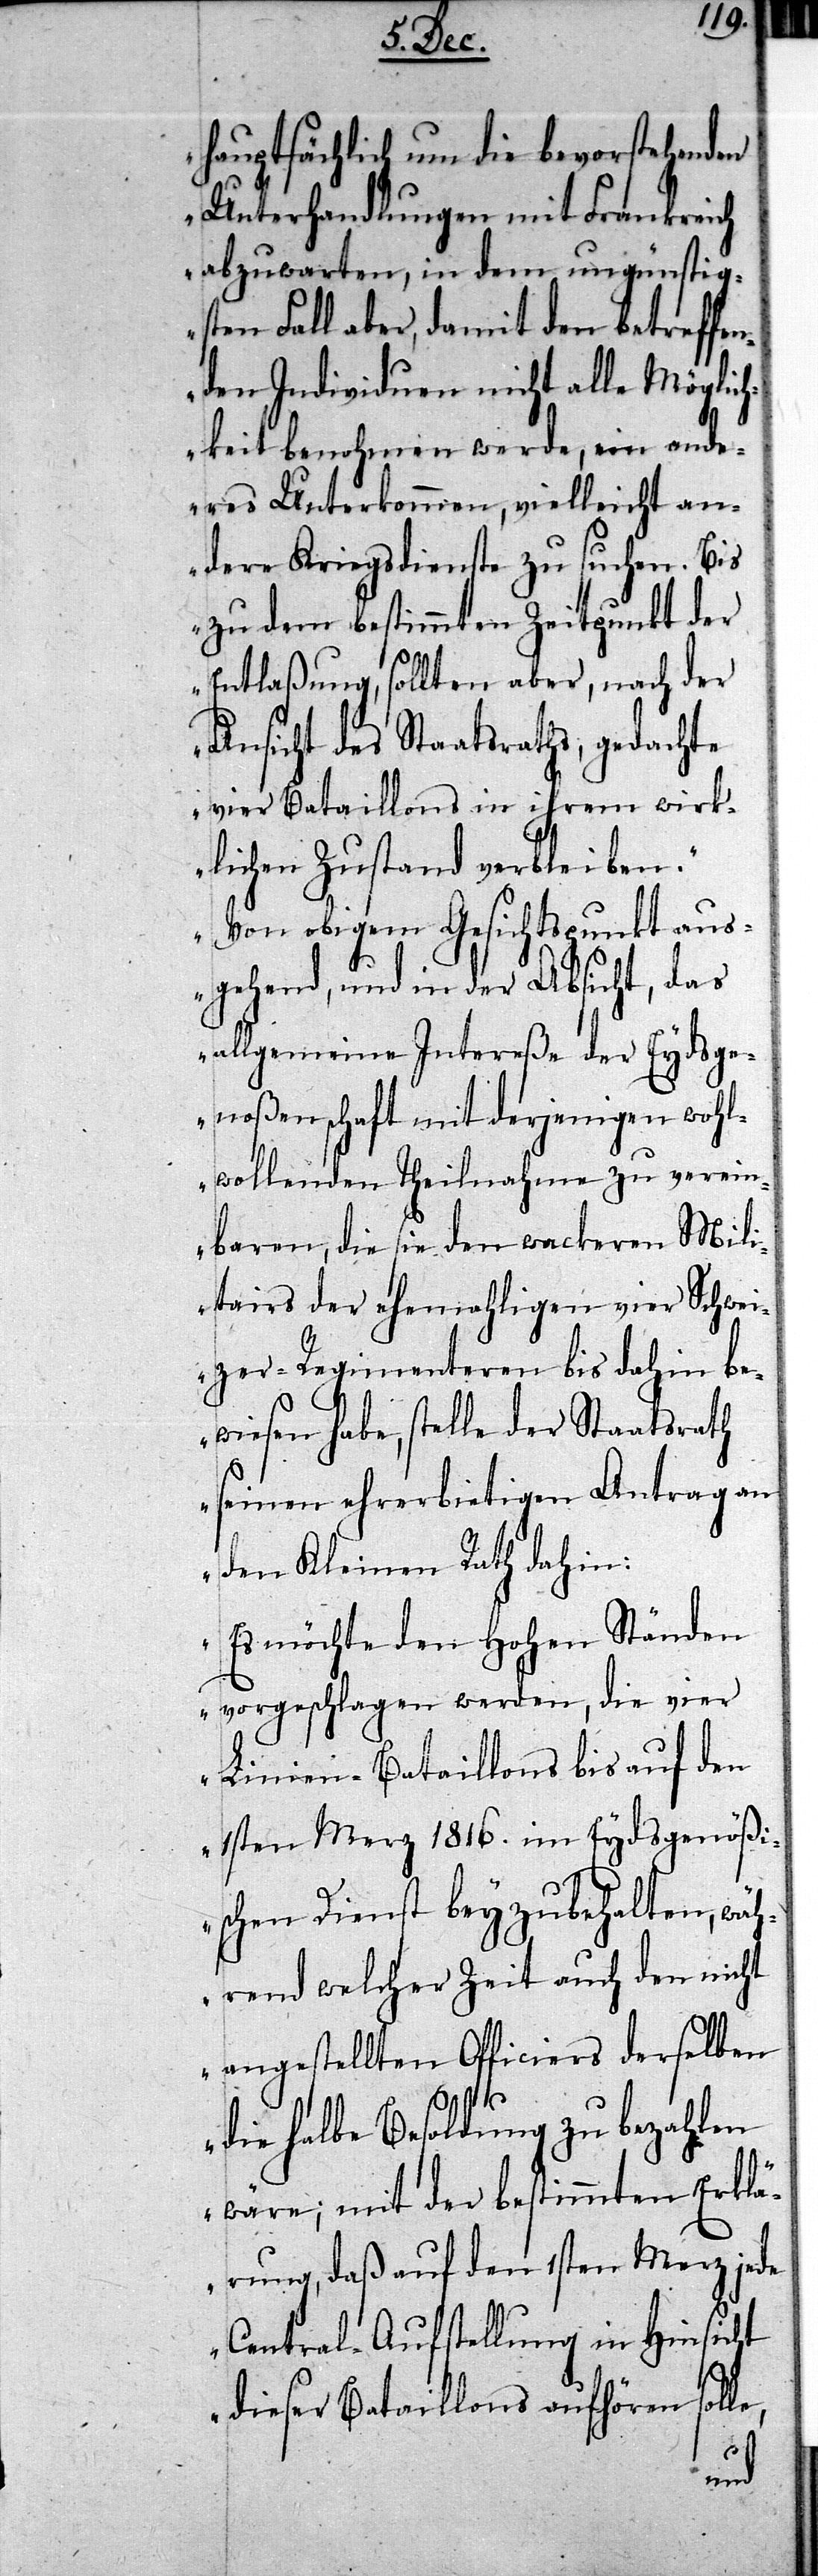
hauptsächlich um die bevorstehenden
Unterhandlungen mit Frankreich
abzuwarten, in dem ungünstig¬
sten Fall aber, damit den betreffe¬
nden Individuen nicht alle Möglic¬
hkeit benohmen werde, ein ande¬
res Unterkommen, vielleicht an¬
dere Kriegsdienste zu suchen. Bis
zu dem bestimmten Zeitpunkt der
Entlaßung, sollen aber, nach der
Ansicht des Staatsraths, gedachte
vier Bataillons in ihrem wirk¬
lichen Zustand verbleiben.
Von obigem Gesichtspunkt aus¬
gehend, und in der Absicht, das
allgemeine Intereße der Eydsge¬
noßenschaft mit derjenigen wohl¬
wollenden Theilnahme zu verein¬
baren, die sie den wackeren Mil¬
itairs der ehemaligen vier Schwei¬
zer-Regimenteren bis dahin be¬
wiesen habe, stelle der Staatsrath
seinen ehrerbietigen Antrag an
den Kleinen Rath dahin:
Es möchte den Hohen Ständen
vorgeschlagen werden, die vier
Linien-Bataillons bis auf den
1sten Merz 1816. im Eydsgenößi¬
schen Dienst beyzubehalten, wä¬
hrend welcher Zeit auch den nicht
angestellten Officiers derselben
die halbe Besoldung zu bezahlen
wäre; mit der bestimmten Erklä¬
rung, daß auf den 1sten Merz jede
Central-Aufstellung in Hinsicht
dieser Bataillons aufhören solle,